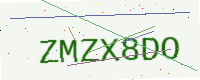
Text: ZMZX8DO